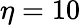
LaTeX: \eta=10